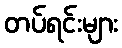
တပ်ရင်းများ